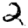
Digit: 2